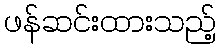
ဖန်ဆင်းထားသည့်